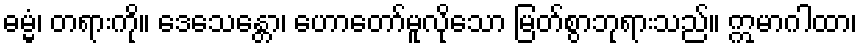
ဓမ္မံ၊ တရားကို။ ဒေသေန္တော၊ ဟောတော်မူလိုသော မြတ်စွာဘုရားသည်။ ဣမာဂါထာ၊